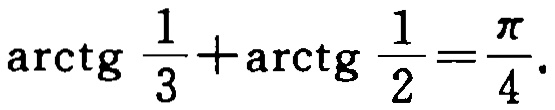
$\text{arctg}\frac{1}{3}+\text{arctg}\frac{1}{2}=\frac{\pi}{4}.$